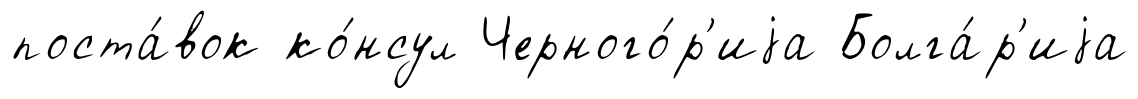
поста́вок ко́нсул Черного́р'иjа Болга́р'иjа